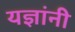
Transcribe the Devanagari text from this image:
यज्ञांनी